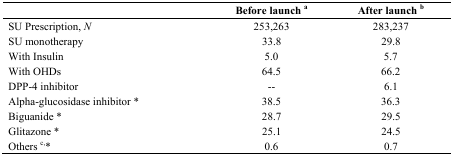
|  | Before launch a | After launch b |
 | --- | --- | --- |
 | SU Prescription, N | 253,263 | 283,237 |
 | SU monotherapy | 33.8 | 29.8 |
 | With Insulin | 5.0 | 5.7 |
 | With OHDs | 64.5 | 66.2 |
 | DPP-4 inhibitor | -- | 6.1 |
 | Alpha-glucosidase inhibitor * | 38.5 | 36.3 |
 | Biguanide * | 28.7 | 29.5 |
 | Glitazone * | 25.1 | 24.5 |
 | Others c,* | 0.6 | 0.7 |